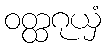
ဝတ္ထဂုယှံ